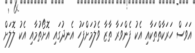
އަވަސް ހަރަކާތްތަކާއި އެކު ފެންވަރާ ތާޒާ ވެލުމަށްފަހު އެނދުގައި އޮށޯތުމާއި އެކު ލޮލަށް